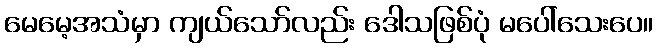
မေမေ့အသံမှာ ကျယ်သော်လည်း ဒေါသဖြစ်ပုံ မပေါ်သေးပေ။